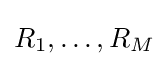
R_{1},\dots ,R_{M}